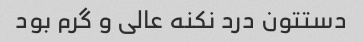
دستتون درد نکنه عالی و گرم بود